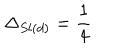
\Delta _ { S l ( d ) } = \frac { 1 } { 4 }